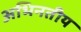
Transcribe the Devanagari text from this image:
अभिनतीय